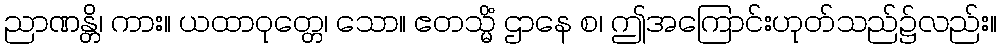
ညာဏန္တိ၊ ကား။ ယထာဝုတ္တေ၊ သော။ ဧတသ္မိံ ဌာနေ စ၊ ဤအကြောင်းဟုတ်သည်၌လည်း။